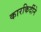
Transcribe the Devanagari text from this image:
कारकिर्दीने